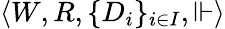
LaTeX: \langle W,R,\{ D_{i}\} _{i\in I},\Vdash\rangle